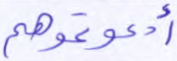
أدعوتموهم